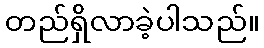
တည်ရှိလာခဲ့ပါသည်။